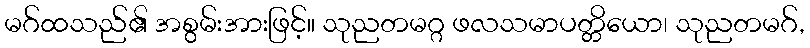
မဂ်ထသည်၏ အစွမ်းအားဖြင့်။ သုညတမဂ္ဂ ဖလသမာပတ္တိယော၊ သုညတမဂ်,